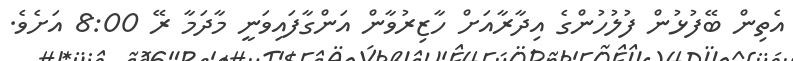
އެތިން ބޭފުޅުން ފުލުހުންގެ އިދާރާއަށް ހާޒިރުވާން އަންގާފައިވަނީ މާދަމާ ރޭ 8:00 އަށެވެ.